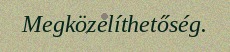
Megközelíthetőség.